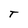
Character: T